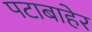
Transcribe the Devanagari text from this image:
पटाबाहेर